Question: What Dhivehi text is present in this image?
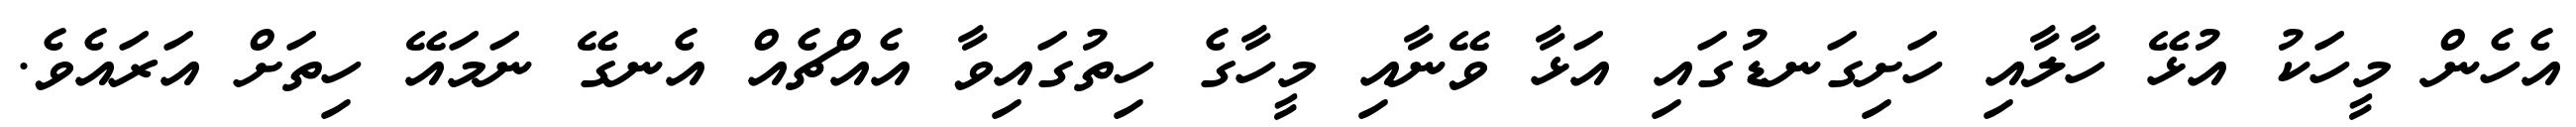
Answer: އެހެން މީހަކު އުޅޭ ހާލާއި ހަށިގަނޑުގައި އަޅާ ވޭނާއި މީހާގެ ހިތުގައިވާ އެއްޗެއް އެނގޭ ނަމައޭ ހިތަށް އަރައެވެ.